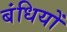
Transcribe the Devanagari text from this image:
बंधियों